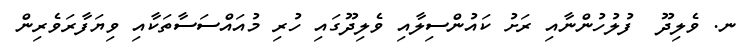
ނ. ވެލިދޫ  ފުލުހުންނާއި ރަށު ކައުންސިލާއި ވެލިދޫގައި ހުރި މުއައްސަސާތަކާއި ވިޔަފާރަވެރިން